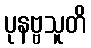
ပုနဗ္ဗသူတိ